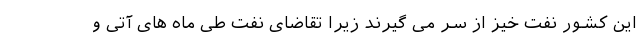
این کشور نفت خیز از سر می گیرند زیرا تقاضای نفت طی ماه های آتی و